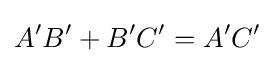
A'B'+B'C'=A'C'